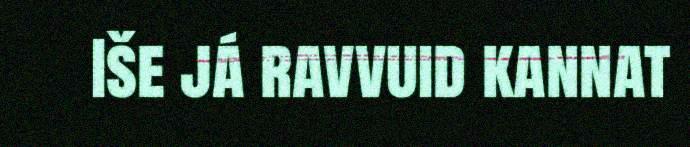
Iše já ravvuid kannat